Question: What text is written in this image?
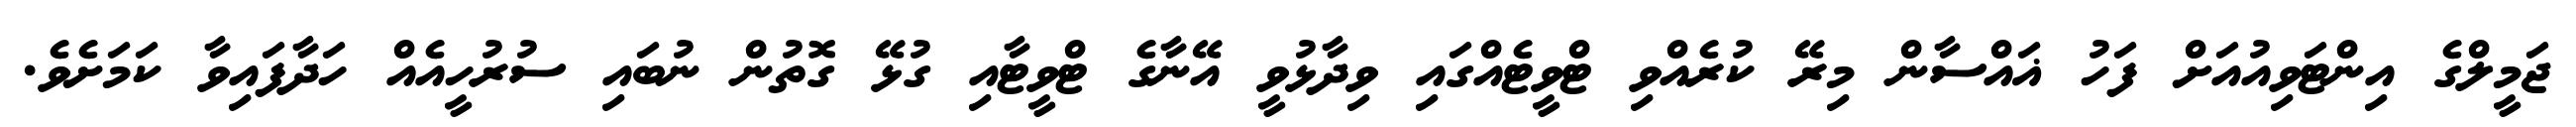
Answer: ޖަމީލްގެ އިންޓަވިއުއަށް ފަހު ޣައްސާން މިރޭ ކުރެއްވި ޓްވީޓެއްގައި ވިދާޅުވީ އޭނާގެ ޓްވީޓާއި ގުޅޭ ގޮތުން ނުބައި ސުރުހީއެއް ހަދާފައިވާ ކަމަށެވެ.